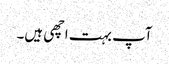
آپ بہت اچھی ہیں۔